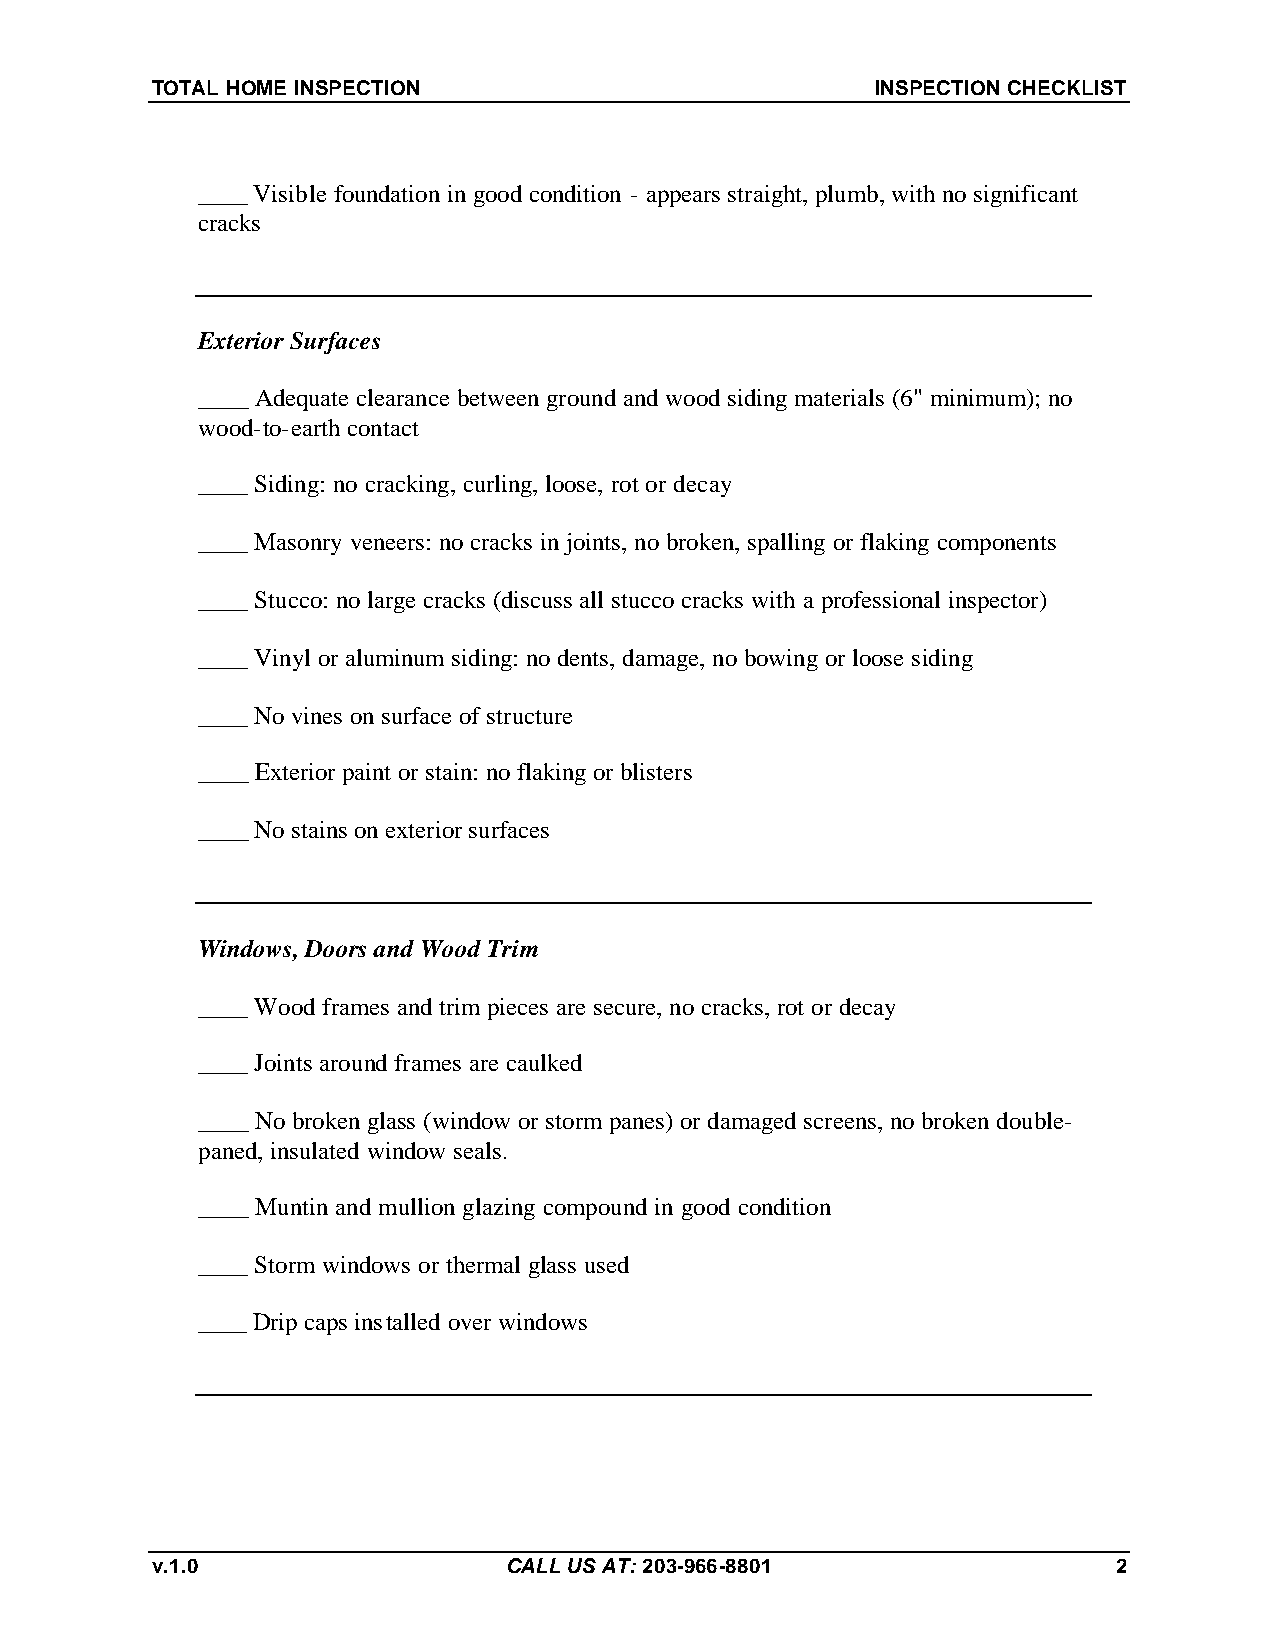
TOTAL HOME INSPECTION                           INSPECTION CHECKLIST
 ____ Visible foundation in good condition - appears straight, plumb, with no significant
 cracks
 Exterior Surfaces
 ____ Adequate clearance between ground and wood siding materials (6" minimum); no
 wood-to-earth contact
 ____ Siding: no cracking, curling, loose, rot or decay
 ____ Masonry veneers: no cracks in joints, no broken, spalling or flaking components
 ____ Stucco: no large cracks (discuss all stucco cracks with a professional inspector)
 ____ Vinyl or aluminum siding: no dents, damage, no bowing or loose siding
 ____ No vines on surface of structure
 ____ Exterior paint or stain: no flaking or blisters
 ____ No stains on exterior surfaces
 Windows, Doors and Wood Trim
 ____ Wood frames and trim pieces are secure, no cracks, rot or decay
 ____ Joints around frames are caulked
 ____ No broken glass (window or storm panes) or damaged screens, no broken double-
 paned, insulated window seals.
 ____ Muntin and mullion glazing compound in good condition
 ____ Storm windows or thermal glass used
 ____ Drip caps installed over windows
 v.1.0                   CALL US AT: 203-966-8801                2